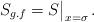
LaTeX: \begin{align*}S_{g.f} = S\big|_{x=\sigma}\, .\end{align*}